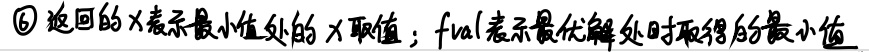
\textcircled{6} 返回的$x$表示最小值处的$x$取值；$fval$表示最优解处时取得的最小值